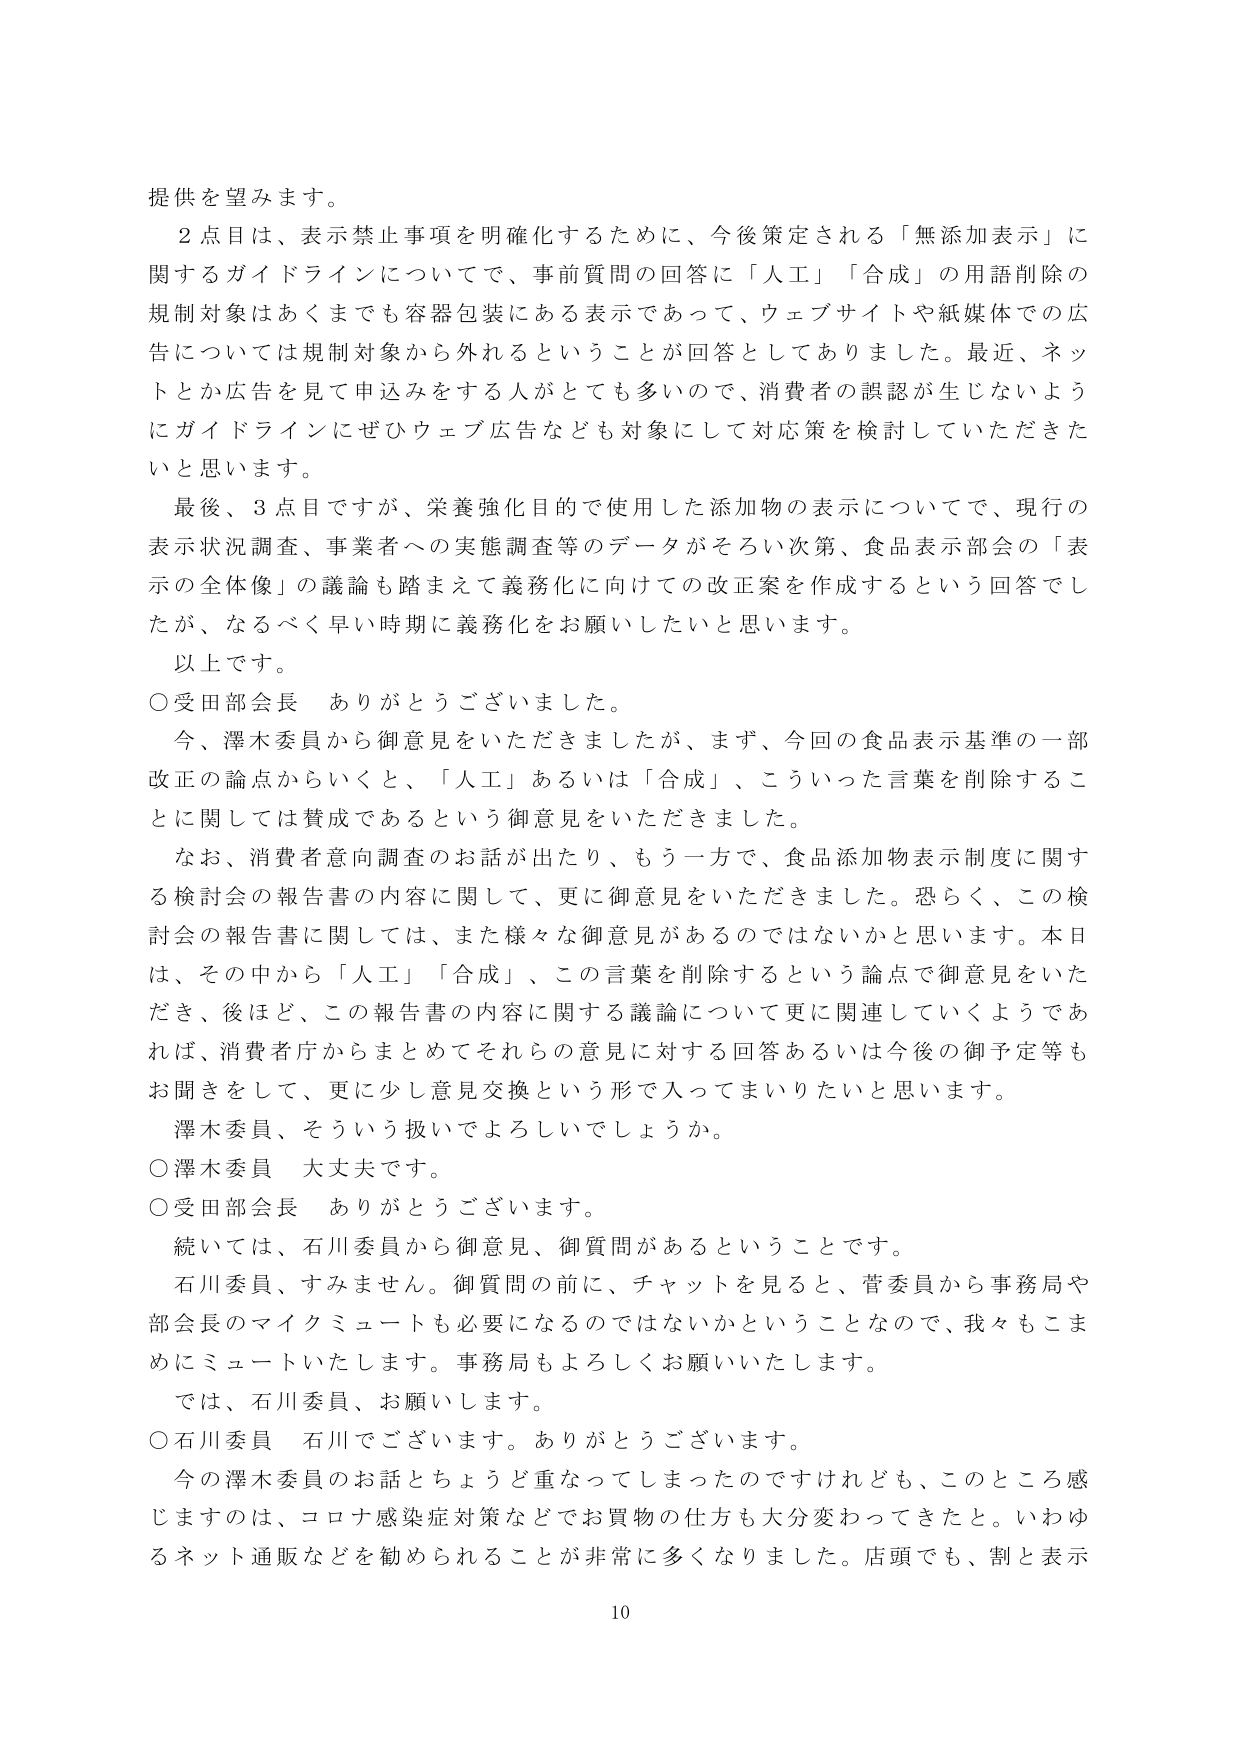
提供を望みます。

２点目は、表示禁止事項を明確化するために、今後策定される「無添加表示」に関するガイドラインについてで、事前質問の回答に「人工」「合成」の用語削除の規制対象はあくまでも容器包装にある表示であって、ウェブサイトや紙媒体での広告については規制対象から外れるということが回答としてありました。最近、ネットとか広告を見て申込みをする人がとても多いので、消費者の誤認が生じないようになガイドラインにぜひウェブ広告なども対象にして対応策を検討していただきたいと思います。

最後、３点目ですが、栄養強化目的で使用した添加物の表示についてで、現行の表示状況調査、事業者への実態調査等のデータがそろい次第、食品表示部会の「表示の全体像」の議論も踏まえて義務化に向けての改正案を作成するという回答でしたが、なるべく早い時期に義務化をお願いしたいと思います。

以上です。

○受田部会長　ありがとうございました。

今、澤木委員から御意見をいただきましたが、まず、今回の食品表示基準の一部改正の論点からいくと、「人工」あるいは「合成」、こういった言葉を削除することに関しては賛成であるという御意見をいただきました。

なお、消費者意向調査のお話が出たり、もう一方で、食品添加物表示制度に関する検討会の報告書の内容に関して、更に御意見をいただきました。恐らく、この検討会の報告書に関しては、また様々な御意見があるのではないかと思います。本日は、その中から「人工」「合成」、この言葉を削除するという論点で御意見をいただき、後ほど、この報告書の内容に関する議論について更に関連していくようであれば、消費者庁からまとめてそれらの意見に対する回答あるいは今後の御予定等もお聞きをして、更に少し意見交換という形で入ってまいりたいと思います。

澤木委員、そういう扱いでよろしいでしょうか。

○澤木委員　大丈夫です。

○受田部会長　ありがとうございます。

続いては、石川委員から御意見、御質問があるということです。

石川委員、すみません。御質問の前に、チャットを見ると、菅委員から事務局や部会長のマイクミュートも必要になるのではないかということなので、我々もこまめにミュートいたします。事務局もよろしくお願いいたします。

では、石川委員、お願いします。

○石川委員　石川でございます。ありがとうございます。

今の澤木委員のお話とちょうど重なってしまったのですけれども、このところ感じますのは、コロナ感染症対策などでお買物の仕方も大分変わってきたと。いわゆるネット通販などを勧められることが非常に多くなりました。店頭でも、割と表示

10